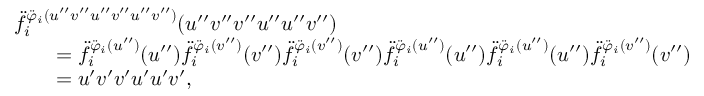
\begin{array} { r l } & { \ddot { f } _ { i } ^ { \ddot { \varphi } _ { i } ( u ^ { \prime \prime } v ^ { \prime \prime } u ^ { \prime \prime } v ^ { \prime \prime } u ^ { \prime \prime } v ^ { \prime \prime } ) } ( u ^ { \prime \prime } v ^ { \prime \prime } v ^ { \prime \prime } u ^ { \prime \prime } u ^ { \prime \prime } v ^ { \prime \prime } ) } \\ & { \qquad = \ddot { f } _ { i } ^ { \ddot { \varphi } _ { i } ( u ^ { \prime \prime } ) } ( u ^ { \prime \prime } ) \ddot { f } _ { i } ^ { \ddot { \varphi } _ { i } ( v ^ { \prime \prime } ) } ( v ^ { \prime \prime } ) \ddot { f } _ { i } ^ { \ddot { \varphi } _ { i } ( v ^ { \prime \prime } ) } ( v ^ { \prime \prime } ) \ddot { f } _ { i } ^ { \ddot { \varphi } _ { i } ( u ^ { \prime \prime } ) } ( u ^ { \prime \prime } ) \ddot { f } _ { i } ^ { \ddot { \varphi } _ { i } ( u ^ { \prime \prime } ) } ( u ^ { \prime \prime } ) \ddot { f } _ { i } ^ { \ddot { \varphi } _ { i } ( v ^ { \prime \prime } ) } ( v ^ { \prime \prime } ) } \\ & { \qquad = u ^ { \prime } v ^ { \prime } v ^ { \prime } u ^ { \prime } u ^ { \prime } v ^ { \prime } , } \end{array}